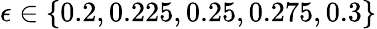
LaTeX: \epsilon\in\lbrace 0.2,0.225,0.25,0.275,0.3\rbrace